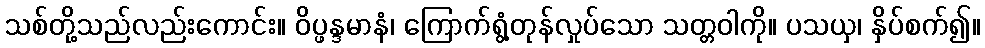
သစ်တို့သည်လည်းကောင်း။ ဝိပ္ဖန္ဒမာနံ၊ ကြောက်ရွံ့တုန်လှုပ်သော သတ္တဝါကို။ ပသယှ၊ နှိပ်စက်၍။